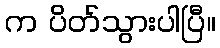
က ပိတ်သွားပါပြီ။